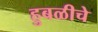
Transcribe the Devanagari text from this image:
हुबळीचे